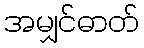
အမျှင်ဓာတ်